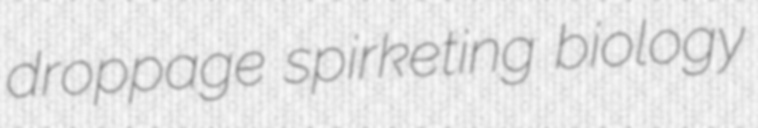
droppage spirketing biology